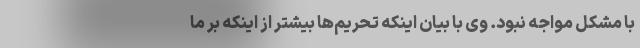
با مشکل مواجه نبود.‌ وی با بیان اینکه تحریم‌ها بیشتر از اینکه بر ما